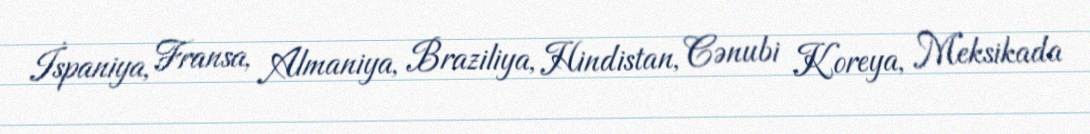
İspaniya, Fransa, Almaniya, Braziliya, Hindistan, Cənubi Koreya, Meksikada